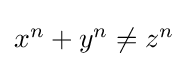
{\textstyle x^{n}+y^{n}\neq z^{n}}